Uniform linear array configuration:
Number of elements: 12
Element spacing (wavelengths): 1
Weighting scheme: cosine
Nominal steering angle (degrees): -15
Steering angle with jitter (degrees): -14.488
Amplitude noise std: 0.05
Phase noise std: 0.05

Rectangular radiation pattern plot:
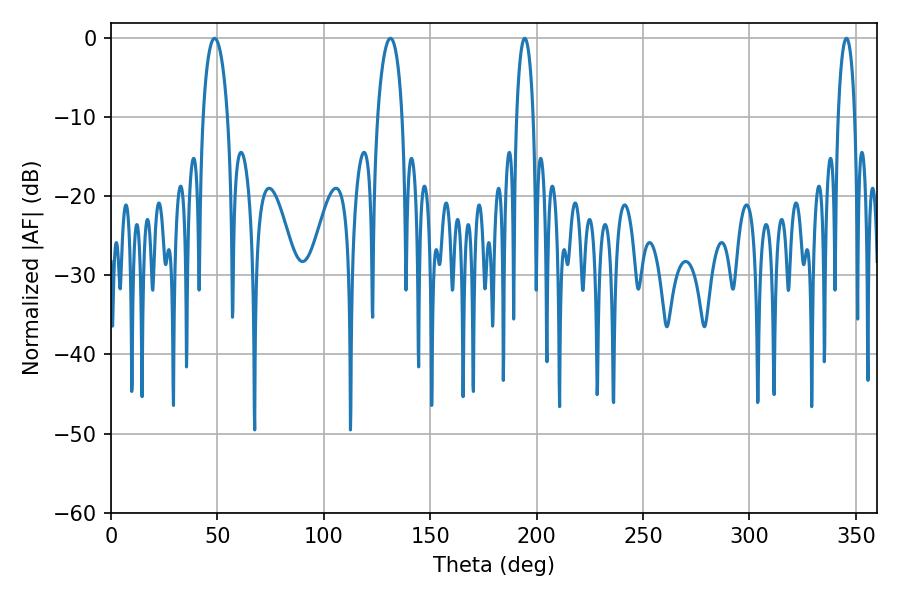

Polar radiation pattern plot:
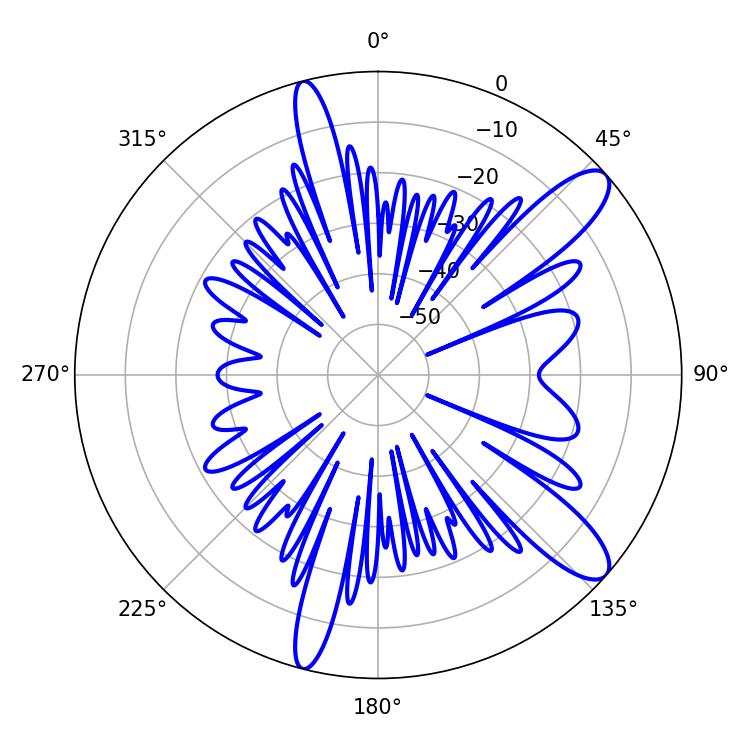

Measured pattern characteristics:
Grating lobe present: TRUE
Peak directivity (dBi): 11.283
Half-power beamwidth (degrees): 4.32
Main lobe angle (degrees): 194.4